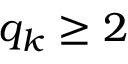
q _ { k } \geq 2